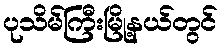
ပုသိမ်ကြီးမြို့နယ်တွင်